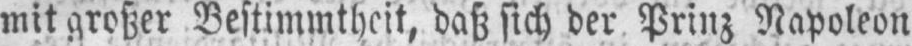
mit großer Bestimmtheit, daß sich der Prinz Napoleon